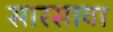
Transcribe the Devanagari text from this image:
सारसावा